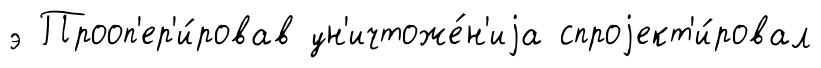
э Прооп'ер'и́ровав ун'ичтоже́н'иjа спроjект'и́ровал